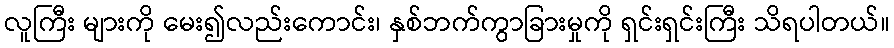
လူကြီး များကို မေး၍လည်းကောင်း၊ နှစ်ဘက်ကွာခြားမှုကို ရှင်းရှင်းကြီး သိရပါတယ်။